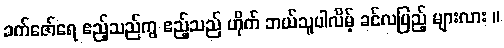
ခက်ဇော်ရေ ဧည့်သည်ကွ ဧည့်သည် ဟိုက် ဘယ်သူပါလိမ့် ခင်လပြည့် များလား ။